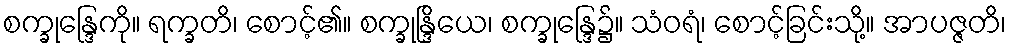
စက္ခုန္ဒြေကို။ ရက္ခတိ၊ စောင့်၏။ စက္ခုန္ဒြိယေ၊ စက္ခုန္ဒြေ၌။ သံဝရံ၊ စောင့်ခြင်းသို့။ အာပဇ္ဇတိ၊